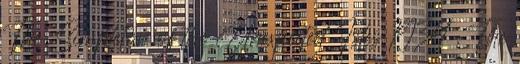
The Simpleton of the Unexpected Isles 1934 , The